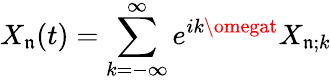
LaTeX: X_{\mathfrak{n}}(t)=\sum_{k=-\infty}^{\infty}e^{ik\omegat}X_{\mathfrak{n};k}